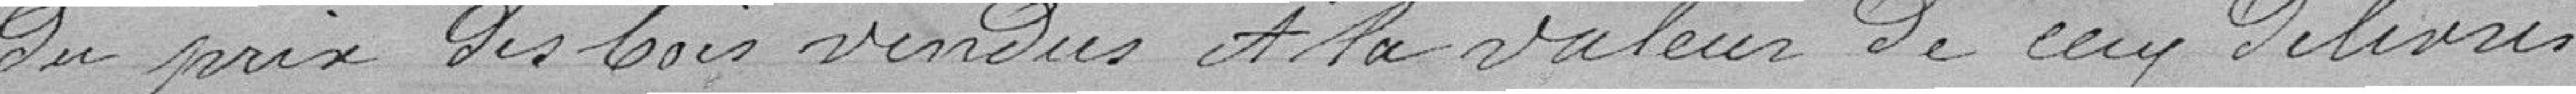
du prix des bois vendus à la valeur de ceux délivrés